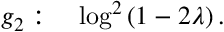
g _ { 2 } : \quad \log ^ { 2 } \left( 1 - 2 \lambda \right) .